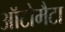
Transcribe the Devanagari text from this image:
ऑटोमैटा